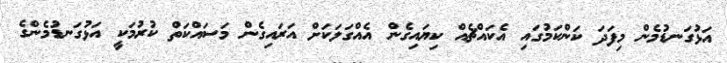
އަޅުގަނޑުމެން މިފަދަ ކަންކަމުގައި އެކައްޗެއް ކިޔައިގެން އެއްގަލަކަށް އަރައިގެން މަސައްކަތް ކުރުމަކީ އަޅުގަނޑުމެންގެ